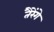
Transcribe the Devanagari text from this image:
तैरेंगे